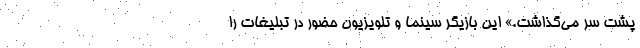
پشت‌ سر می‌گذاشت.» این بازیگر سینما و تلویزیون حضور در تبلیغات را